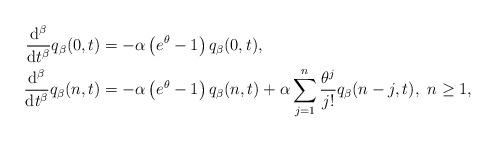
LaTeX: \begin{align*}\begin{aligned}\frac{\mathrm{d}^{\beta}}{\mathrm{d}t^{\beta}}q_{\beta}(0,t)&=-\alpha \left(e^{\theta}-1\right)q_{\beta}(0,t),\\\frac{\mathrm{d}^{\beta}}{\mathrm{d}t^{\beta}}q_{\beta}(n,t)&=-\alpha \left(e^{\theta}-1\right)q_{\beta}(n,t)+\alpha\sum_{j=1}^{n}\frac{\theta^{j}}{j!}q_{\beta}(n-j,t),\ n\ge 1,\end{aligned}\end{align*}